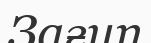
Зағип